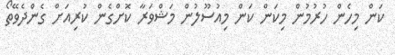
ކަން މިހެން ހުރުމުން މިކަން ކަން މިއުސޫލުން މަޝްވަރާ ކޮށްގެން ކުރިއަށް ގެންދެވޭތޯ